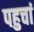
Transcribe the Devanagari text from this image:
पहुचां